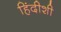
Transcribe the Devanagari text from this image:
हिंदीशी